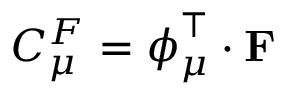
C _ { \mu } ^ { F } = \boldsymbol { \phi } _ { \mu } ^ { \intercal } \cdot { \bf F }